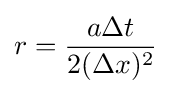
r={\frac {a\Delta t}{2(\Delta x)^{2}}}